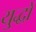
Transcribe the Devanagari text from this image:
यु्द्धों